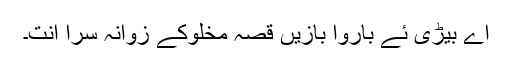
اے بیڑی ئے باروا بازیں قصہ مخلوکے زوانہ سرا انت۔